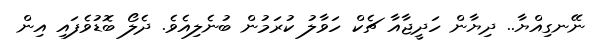
ނޭނގިއްޔާ.. ދިޔާން ހަދީޖާއާ ޗެކް ހަވާލު ކުރަމުން ބުނެލިއެވެ. ދެލޯ ބޮޑުވެފައި އިން